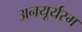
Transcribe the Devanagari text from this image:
अनयूर्यस्म